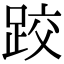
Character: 跤